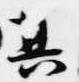
其